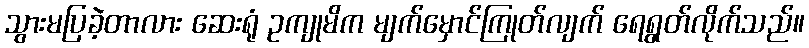
သွားမပြခဲ့တာလား ဆေးရုံ ဥကျုမိက မျက်မှောင်ကြုတ်လျက် ရေရွတ်လိုက်သည်။